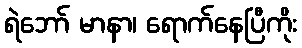
ရဲဘော် မာနာ၊ ရောက်နေပြီကိုး